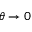
\theta \to 0